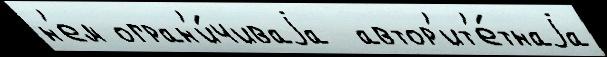
н'ем огран'и́чиваjа  автор'ит'е́тнаjа